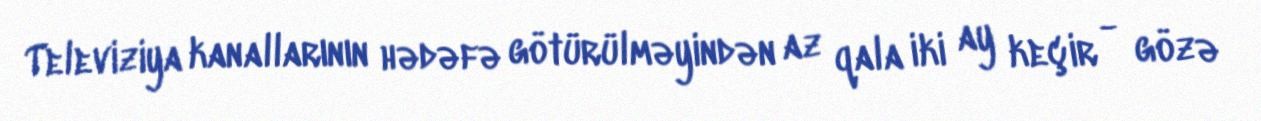
Televiziya kanallarının hədəfə götürülməyindən az qala iki ay keçir - gözə